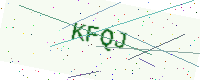
Text: KFQJ